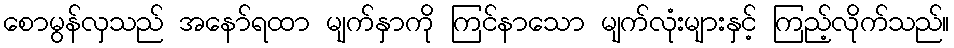
စောမွန်လှသည် အနော်ရထာ မျက်နှာကို ကြင်နာသော မျက်လုံးများနှင့် ကြည့်လိုက်သည်။